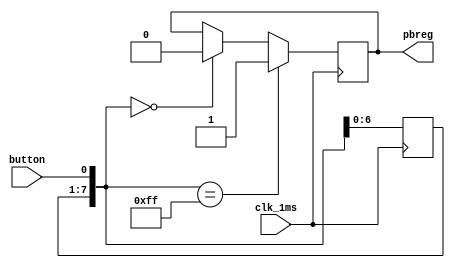
module pbdebounce(
	input wire clk_1ms,
	input wire button, 
	output reg pbreg
	);
 
	reg [7:0] pbshift;

	always@(posedge clk_1ms) begin
		pbshift = pbshift<<1;
		pbshift[0] = button;
		if (pbshift==8'b0)
			pbreg=0;
		if (pbshift==8'hFF)
			pbreg=1;	
	end

endmodule //button8mspbreg.